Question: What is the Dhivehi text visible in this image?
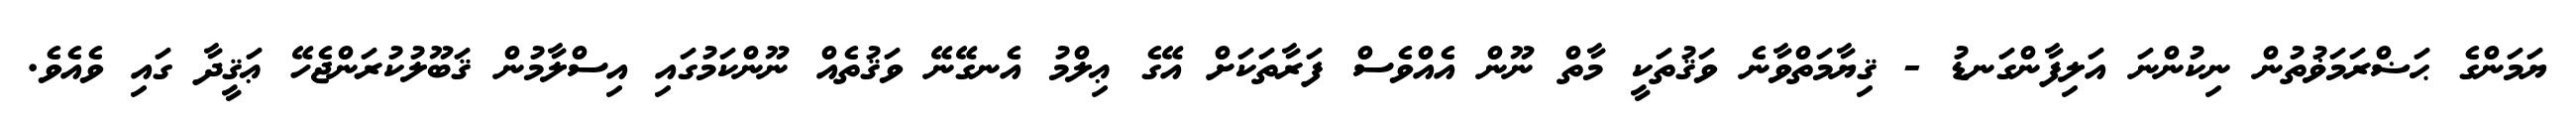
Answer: ޔަމަންގެ ޙަޟްރަމަޥުތުން ނިކުންނަ އަލިފާންގަނޑު - ޤިޔާމަތްވާނެ ވަޤުތަކީ މާތް ނޫން އެއްވެސް ފަރާތަކަށް އޭގެ ޢިލްމު އެނގޭނޭ ވަޤުތެއް ނޫންކަމުގައި އިސްލާމުން ޤަބޫލުކުރަންޖެހޭ ޢަޤީދާ ގައި ވެއެވެ.